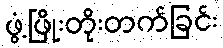
ဖွံ့ဖြိုးတိုးတက်ခြင်း